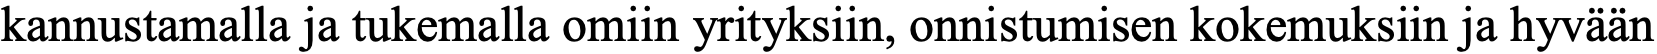
kannustamalla ja tukemalla omiin yrityksiin, onnistumisen kokemuksiin ja hyvään